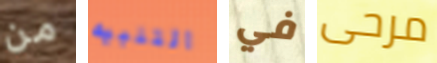
من التنبيه في مرحى